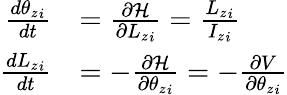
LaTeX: {\begin{array}{rl}{{\frac{d{\theta_{z}}_{i}}{dt}}}&{={\frac{\partial{\cal{H}}}{\partial{L_{z}}_{i}}}={\frac{{L_{z}}_{i}}{{I_{z}}_{i}}}}\\ {{\frac{d{L_{z}}_{i}}{dt}}}&{=-{\frac{\partial{\cal{H}}}{\partial{\theta_{z}}_{i}}}=-{\frac{\partial V}{\partial{\theta_{z}}_{i}}}}\end{array}}